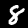
Digit: 8